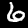
Label: 6